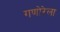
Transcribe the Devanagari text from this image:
गणोरेला